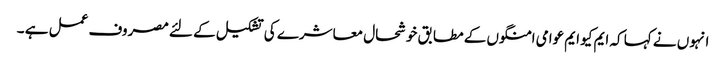
انہوں نے کہا کہ ایم کیو ایم عوامی امنگوں کے مطابق خوشحال معاشرے کی تشکیل کے لئے مصروف عمل ہے ۔